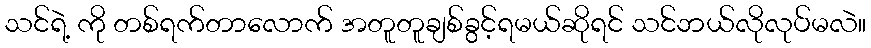
သင်ရဲ့ ကို တစ်ရက်တာလောက် အတူတူချစ်ခွင့်ရမယ်ဆိုရင် သင်ဘယ်လိုလုပ်မလဲ။